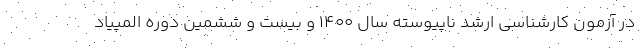
در آزمون کارشناسی ارشد ناپیوسته سال ۱۴۰۰ و بیست و ششمین دوره المپیاد